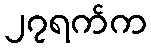
၂၇ရက်က